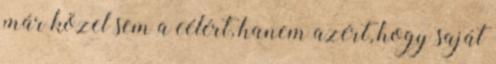
már közel sem a célért, hanem azért, hogy saját